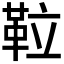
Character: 𩊌